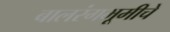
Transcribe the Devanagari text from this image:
बालरंगभूमीचे